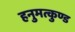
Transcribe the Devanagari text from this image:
हनुमत्कुण्ड